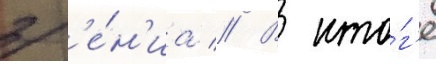
зр'е́н'иа // В ито́г'е